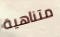
متناهية